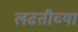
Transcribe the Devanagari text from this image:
लढतीच्या